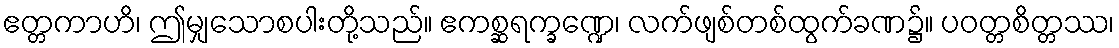
ဧတ္တကာဟိ၊ ဤမျှသောစပါးတို့သည်။ ဧကစ္ဆရက္ခဏ္ဍေ၊ လက်ဖျစ်တစ်ထွက်ခဏ၌။ ပဝတ္တစိတ္တဿ၊